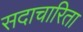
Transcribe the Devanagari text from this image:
सदाचारिता